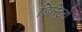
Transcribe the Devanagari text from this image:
डिस्ट्रिटो